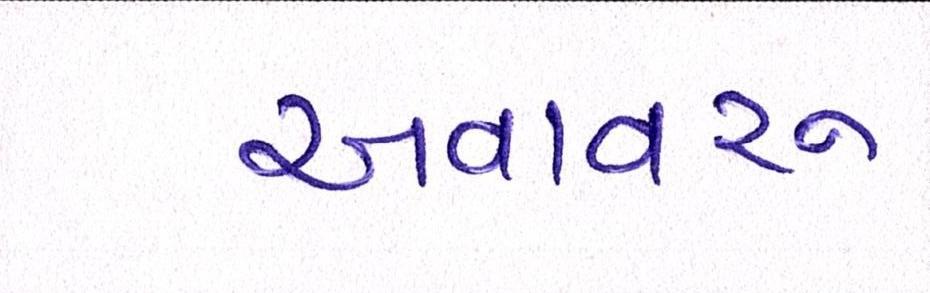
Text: અવાવરૂ